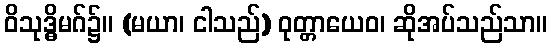
ဝိသုဒ္ဓိမဂ်၌။ (မယာ၊ ငါသည်) ဝုတ္တာယေဝ၊ ဆိုအပ်သည်သာ။